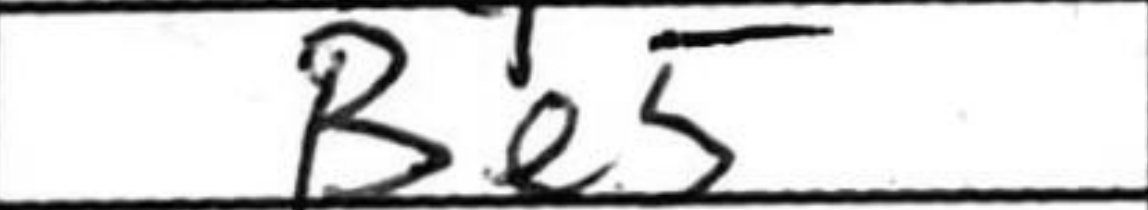
Transcription: Be5